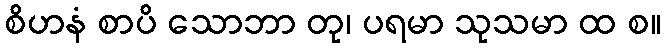
စိဟနံ စာပိ သောဘာ တု၊ ပရမာ သုသမာ ထ စ။